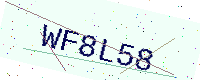
Text: WF8L58